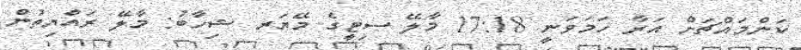
ކަންމައްޗަށް އަރާ ހަމަވަނީ 17:18 މާލޭ ސިޓީގެ މޭޔަރ ޝިހާބު: މާލޭ ރައްޔިތުން